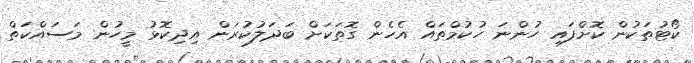
ކޯޓުތަކުން ކޮށްފައި ހުންނަ ހުކުމްތައް އެހެން ގޮތަކަށް ބަދަލުކުރަން އިދިކޮޅު މީހުން މަސައްކަތް